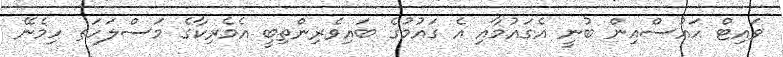
ވައިޓް ހައުސްއިން ބުނީ އެގައުމާއި އެ ގަައުމުގެ ބައިވެރިންތިބީ އެމެރިކާގެ މަސްލަހަތ ހިމެނޭ